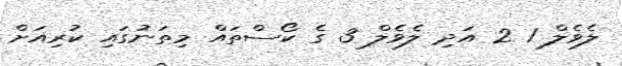
ލެވެލް 1 2 އަދި ލެވެލް 3 ގެ ކޯސްތައް މިތަނުގައި ކުރިއަށް